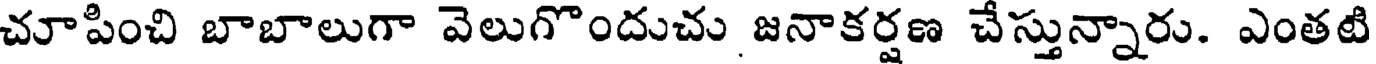
చూపించి బాబాలుగా వెలుగొందుచు జనాకర్షణ చేస్తున్నారు. ఎంతటి